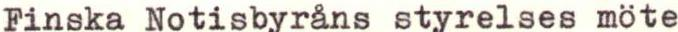
Finska Notisbyråns styrelses möte